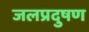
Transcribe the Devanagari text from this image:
जलप्रदुषण